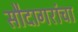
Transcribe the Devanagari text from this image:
सौदागरांचा